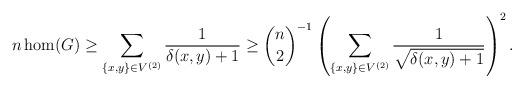
LaTeX: \begin{align*}n\hom(G)\ge \sum_{\{x,y\} \in V^{(2)}} \frac{1}{\delta(x,y)+1} \ge \binom{n}{2}^{-1}\left(\sum_{\{x,y\} \in V^{(2)}} \frac{1}{\sqrt{\delta(x,y)+1}}\right)^{2}.\end{align*}